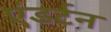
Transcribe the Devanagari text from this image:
एंडर्टन